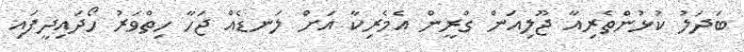
ބަދަލު ކުޅުންތެރިއާ ޖޫލިއަން ގްރީން އެމެރިކާ އަށް ލަނޑެއް ޖަހާ ހިތްވަރު ހޯދައިދީފައި